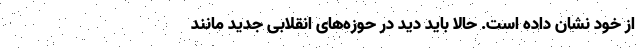
از خود نشان داده است. حالا باید دید در حوزه‌های انقلابی جدید مانند